Vaccination United Provinces of Agra and Oudh 1914-1922 - 1914-1922
Year: 1914
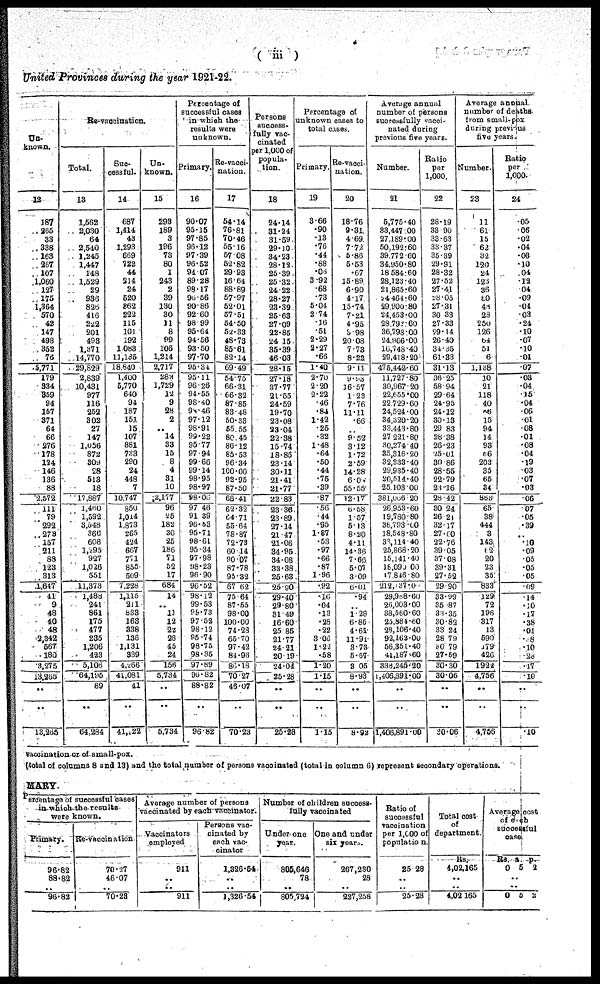
( iii )
United Provinces during the year 1921-22.
Un¬
known.
12
187
265
33
338
163
267
107
1,060
127
175
1,364
570
42
147
498
352
76
5,77l
179
334
359
94
157
371
64
66
276
178
124
146
136
88
2,572
111
79
292
273
157
211
88
123
313
1,647
41
9
48
40
48
2,342
567
180
3,275
13,265
..
..
13,265
Re-vaccination.
Total.
13
1,562
2,030
64
2,540
1,245
1,447
148
1,529
29
936
826
416
222
201
493
1,371
14,770
29,829
2,839
10,431
977
116
252
302
27
147
1,056
872
309
28
513
18
17,887
1,460
1,592
3,548
366
608
1,296
927
1,026
551
11,373
1,488
241
861
175
477
235
1,206
423
5,106
64,195
89
..
64,284
Suc-
cessful.
14
687
1,414
43
1,293
669
722
44
214
24
520
362
222
115
101
192
1,083
11,135
18,840
1,400
5,770
640
94
187
151
15
107
881
733
290
24
448
7
10,747
850
1,014
1,873
265
474
667
771 855
509
7,228
1,115
211
833
163
338
136
1,131
339
4,266
41,081
41
..
41,122
Un¬
known.
15
293
189
3
196
73
80
1
243
2
39
130 30
11
8
99
106
1,214
2,717
282
1,729
12
9
28
2
..
14
33
15
8
4
31
10
2,177
96
25
182
30
25
186
71
52
17
684
14
..
11
12
22
28
45
24
156
5,734
..
..
6,734
Percentage of
successful cases
in which the
results were
unknown.
Primary.
16
90.07
95.15
97.85
96.12
97.39
96.52
94.07
89.28
98.17
96.56
90.86
92.60
98.99
95.64
94.56
93.50
97.70
95.34
95.11
96.26
94.55
98.40
98.46
97.12
98.91
99.22
95.77
97.94
99.66
99.14
98.95
98.97
98.06
97.46
91.39
96.53
95.71
98.61
95 34
97.98
98.23
96.90
90.52
98.12
99.53
99.73
97.52
98.12
95.74
98.75
98.35
97.89
96.82
88.82
..
96.82
Re-vacci¬
nation.
17
54.14
76.81
70.46
55.16
57.08
52.82
29.93
16.64
88.89
57.97
52.01
57.51
54.50
52.33
48.73
85.61
82.14
69.49
54.75
66.31
66.32
87.85
83.48
50.33
55.55
80.45
86.12
85.53
96.34
100.00
92.95
87.50
68.41
62.32
64.71
55.64
78.87
72.73
60.14
90.07
87.78
95.32
67.62
75.64
87.55
98.00
100.00
74.28
65.70
97.42
84.96
86.18
70.27
46.07
..
70.23
Persons
success¬
fully vac¬
cinated
per 1,000 of
popula-
tion.
18
24.14
31.24
31.59
29.10
34.23
28.12
25.39
25.32
24.22
28.27
23.39
25.63
27.09
22.85
24.15
35.39
46.03
28.15
27.18
37.77
21.55
24.59
19.70
23.08
23.04
22.38
15.74
18.85
23.14
30.11
21.41
21.77
22.83
23.36
23.89
27.14
21.47
21.06
34.95
34.08
33.38
25.63
25.90
29.40
29.80
31.49
16.60
25.85
21.77
24.21
20.19
24.04
25.28
..
..
25.38
Percentage of
unknown cases to
total cases.
Primary.
19
3.66
.90
.13
.76
.44
.88
.06
3.92
.68
.73
5.04
2.74
.16
.51
2.29
2.27
.66
1.40
2.70
2.20
2.22
.46
.84
1.42
25
.32
1.48
.64
.50
.44
.75
.39
.87
56
44
.95
1.87
.53
.97
.66
.87
1.96
.92
.10
.04
.13
.28
.22
3.06
1.22
.58
1.20
1.15
..
..
1.15
Re-vacci¬
nation.
20
18.76
9.31
4.69
7.72
5.86
5.53
.67
15.89
6.90
4.17
15.74
7.21
4.95
5.98
20.08
7.73
8.22
9.11
9.93
16.57
1.23
7.76
11.11
.66
..
9.52
3.12
1.72
2.59
14.28
6.07
55.55
12.17
6.58
1.57
5.13
8.20
4.11
14.36
7.66
5.07
3.09
6.01
.94
..
1.28
6.85
4.61
11.91
3.73
5.67
3.05
8.93
..
..
8.92
Average annual
number of persons
successfully vacci¬
nated during
previous five years.
Number.
21
5,775.40
33,447.00
27,189.00
50,192.60
39,772.60
34,950.80
18,584.60
28,123.40
21,865.60
24,464.60
29,900.80
24,453.00
28,792.60
36,798.00
24,966.00
16,748.40
29,418.20
475,442.60
11,727.80
30,967.20
22,655.00
22,729.60
24,524.00
34,320.20
33,448.80
27,221.80
30,274.40
35,316.20
32,333.40
29,935.40
20,514.40
25,103.00
381,066.20
26,953.60
19,780.80
36,793.00
18,548.80
33,114.40
25,868.20
15,141.40
18,090.00
17,846.80
212,137.00
29,988.60
20,003.00
38,560.60
25,884.00
28,106.40
92,163.00
56,351.40
41,187.60
338,245.20
1,406,891.00
..
..
1,406,891.00
Ratio
per
1,000.
22
28.19
33.90
33.63
33.37
35.39
29.91
28.32
27.52
27.41
28.05
27.31
30.33
27.33
29.14
26.40
34.35
61.33
31.13
36.25
58.94
29.64
24.95
24.12
30.13
29.83
28.38
26.23
25.01
30.86
28.56
22.79
23.16
28.42
30.24
26.21
32.17
27.60
22.76
39.05
37.08
39.31
27.52
29.90
33.99
35.87
33.35
30.82
33.24
28.79
30.79
27.59
30.30
30.06
..
..
30.06
Average annual
number of deaths
from small-pox
during previous
five years.
Number.
23
11
61
15
62
32
120
24
123
36
80
48
28
250
126
64
51
6
1,138
10
21
118
40
56
15
94
14
93
66
203
35
65
34
863
65
38
444
3
143
62
20
23
35
833
129
72
195
317
13
590
179
426
1,922
4,756
..
4,756
Ratio
per
1,000.
24
.05
.06
.02
.04
.08
.10
.04
.12
.04
.09
.04
.03
.24
.10
.07
.10
.01
.07
.03
.04
.15
.04
.06
.01
.08
.01
.08
.04
.19
.03
.07
.03
.06
.07
.05
.39
..
.10
.09
.05
.05
.05
.09
.14
.10 .17
.38
.01
.18
.10
.28
.17
.10
..
.10
vaccination or of small-pox.
(total of columns 8 and 13) and the total number of persons vaccinated (total in column 6) represent secondary operations.
MARY
Percentage of successful cases
in which the results
were known.
Primary.
96.82
88.82
..
96.82
Re-vaccination.
70.27
46.07
..
70.23
Average number of persons
vaccinated by each vaccinator.
Vaccinators
employed.
911
..
..
911
Persons vac-
cinated by
each vac¬
cinator.
1,326.54
..
..
1,326.54
Number of children success¬
fully vaccinated.
Under one
year.
805,646
78
..
805,724
One and under
six years.
267,230
28
..
227,258
Ratio of
successful
vaccination
per 1,000 of
population.
25.28
..
..
25.28
Total cost
of
department.
Rs.
4,02,165
. .
..
4,02,165
Average cost
of each
successful
cases.
Rs
0
a.
5
p.
2
..
..
0 5 2